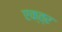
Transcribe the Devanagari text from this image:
एक्त्र